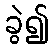
ခွဲ၍